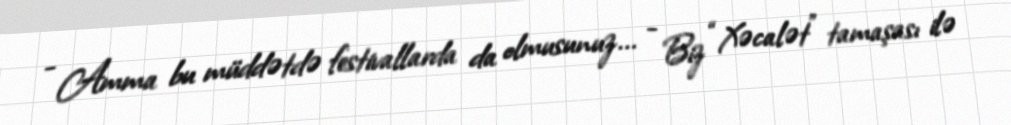
- Amma bu müddətdə festivallarda da olmusunuz... - Biz “Xəcalət” tamaşası ilə